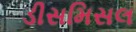
ડીસમિસલ